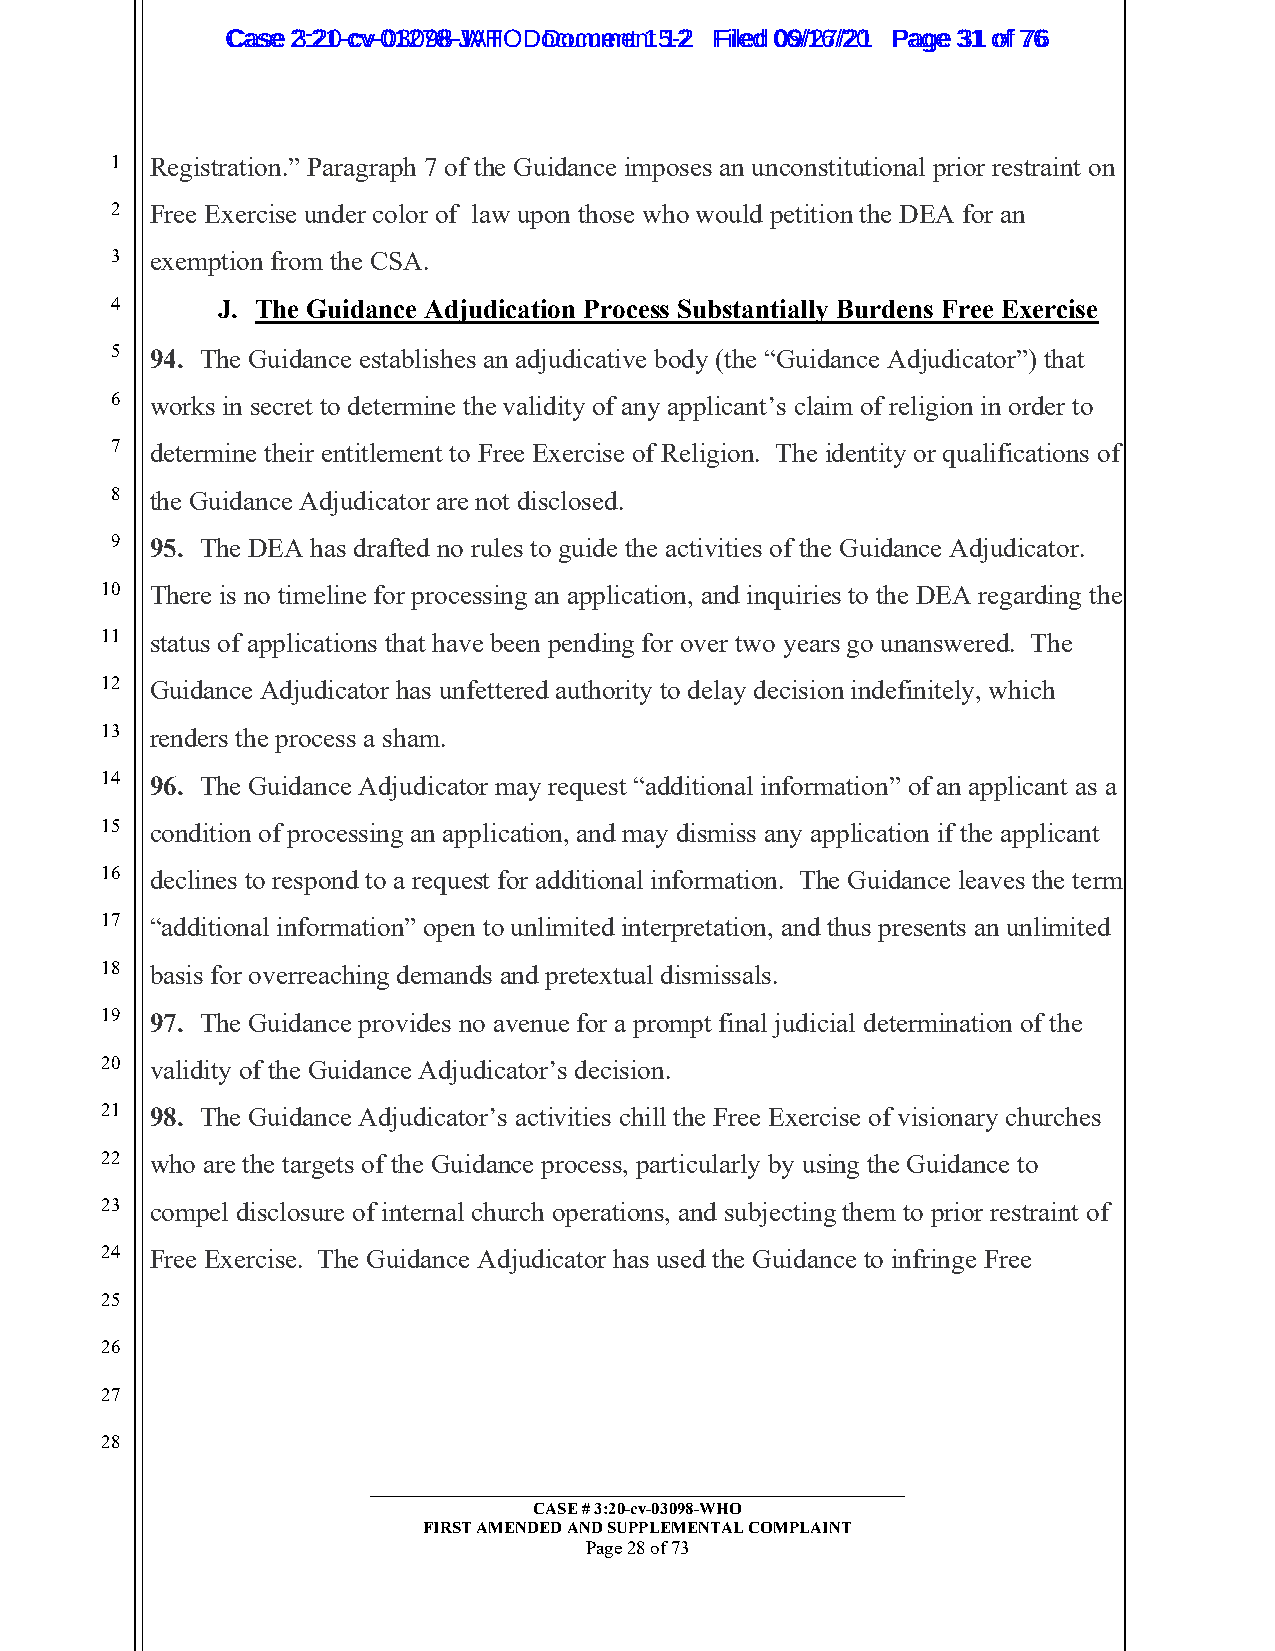
CCaassee 23::2210--ccvv--0013207988--JWAHT O D oDcoucmumenetn 1t 51-22 FFiilleedd 0069//1267//2201 PPaaggee 3311 ooff 7766
 1  Registration.” Paragraph 7 of the Guidance imposes an unconstitutional prior restraint on
 2  Free Exercise under color of law upon those who would petition the DEA for an
 3  exemption from the CSA.
 4      J. The Guidance Adjudication Process Substantially Burdens Free Exercise
 5  94. The Guidance establishes an adjudicative body (the “Guidance Adjudicator”) that
 6  works in secret to determine the validity of any applicant’s claim of religion in order to
 7  determine their entitlement to Free Exercise of Religion. The identity or qualifications of
 8  the Guidance Adjudicator are not disclosed.
 9  95. The DEA has drafted no rules to guide the activities of the Guidance Adjudicator.
 10 There is no timeline for processing an application, and inquiries to the DEA regarding the
 11 status of applications that have been pending for over two years go unanswered. The
 12 Guidance Adjudicator has unfettered authority to delay decision indefinitely, which
 13 renders the process a sham.
 14 96. The Guidance Adjudicator may request “additional information” of an applicant as a
 15 condition of processing an application, and may dismiss any application if the applicant
 16 declines to respond to a request for additional information. The Guidance leaves the term
 17 “additional information” open to unlimited interpretation, and thus presents an unlimited
 18 basis for overreaching demands and pretextual dismissals.
 19 97. The Guidance provides no avenue for a prompt final judicial determination of the
 20 validity of the Guidance Adjudicator’s decision.
 21 98. The Guidance Adjudicator’s activities chill the Free Exercise of visionary churches
 22 who are the targets of the Guidance process, particularly by using the Guidance to
 23 compel disclosure of internal church operations, and subjecting them to prior restraint of
 24 Free Exercise. The Guidance Adjudicator has used the Guidance to infringe Free
 25
 26
 27
 28
 _________________________________________________________
 CASE # 3:20-cv-03098-WHO
 FIRST AMENDED AND SUPPLEMENTAL COMPLAINT
 Page 28 of 73